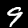
Label: 9